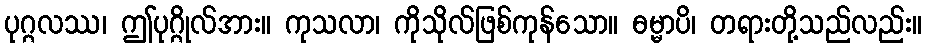
ပုဂ္ဂလဿ၊ ဤပုဂ္ဂိုလ်အား။ ကုသလာ၊ ကိုသိုလ်ဖြစ်ကုန်သော။ ဓမ္မာပိ၊ တရားတို့သည်လည်း။